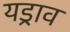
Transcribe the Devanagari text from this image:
यड्राव